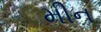
મીન